画像に写った文字を読んでください
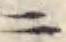
「ニ」と書いてあります